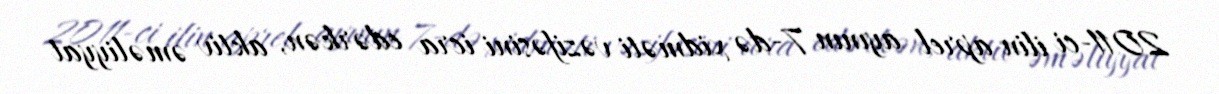
2011-ci ilin aprel ayının 7-də xidməti vəzifəsini icra edərkən, aktiv əməliyyat